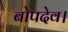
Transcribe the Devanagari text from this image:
बोपदेव।